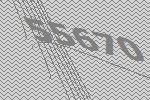
55670